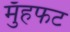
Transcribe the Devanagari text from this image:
मुँहफट